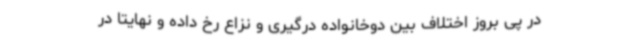
در پی بروز اختلاف بین دوخانواده درگیری و نزاع رخ داده و نهایتاً در